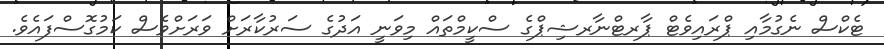
ޓެކްސް ނެގުމާއި ޕްރައިވެޓް ޕާރޓްނާރޝިޕްގެ ސްކީމްތައް މިވަނީ އަދުގެ ސަރުކާރަށް ވަރަށްވެސް ކަމުގޮސްފައެވެ.